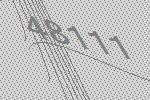
48111